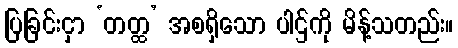
ပြခြင်းငှာ ‘တတ္ထ’ အစရှိသော ပါဌ်ကို မိန့်သတည်း။